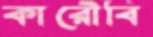
কারৌবি